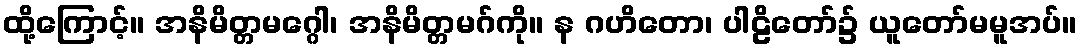
ထို့ကြောင့်။ အနိမိတ္တမဂ္ဂေါ၊ အနိမိတ္တမဂ်ကို။ န ဂဟိတော၊ ပါဠိတော်၌ ယူတော်မမူအပ်။